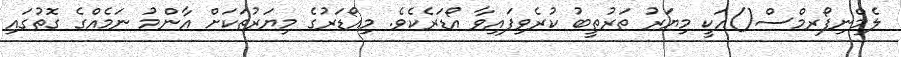
ލެމްނިފޯރމްސް()އަކީ މިޔަރު ތަރުތީބު ކުރެވިފައިވާ އޯޑަރެކެވެ. މިއޯޑަރުގެ މިޔަރުތަކަށް އާންމު ނަމެއްގެ ގޮތުގައި